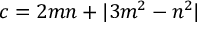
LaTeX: c = 2 m n + | 3 m ^ { 2 } - n ^ { 2 } |